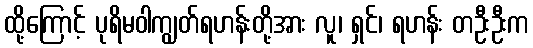
ထို့ကြောင့် ပုရိမဝါကျွတ်ရဟန်းတို့အား လူ၊ ရှင်၊ ရဟန်း တဦးဦးက